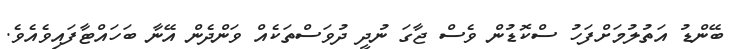
ބޭންޑު އަތުލުމަށްފަހު ސްކޮޑުން ވެސް ޖާގަ ނުދީ ދުވަސްތަކެއް ވަންދެން އޭނާ ބަހައްޓާފައިވެއެވެ.